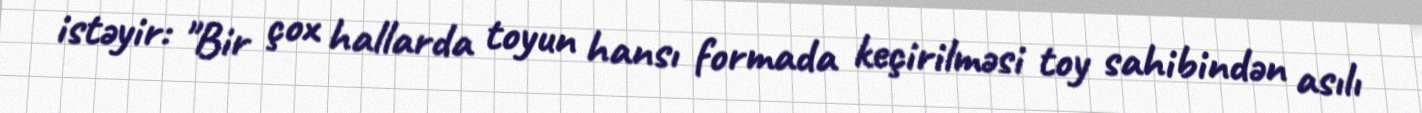
istəyir: "Bir çox hallarda toyun hansı formada keçirilməsi toy sahibindən asılı